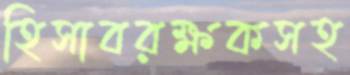
হিসাবরক্ষকসহ